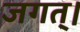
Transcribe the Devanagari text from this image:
जगत्‌।